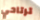
ترتاحي